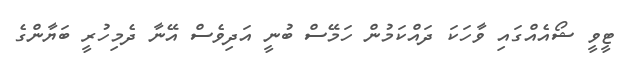
ޓީވީ ޝޯއެއްގައި ވާހަކަ ދައްކަމުން ހަމޭސް ބުނީ އަދިވެސް އޭނާ ދެމިހުރީ ބަޔާންގެ